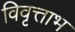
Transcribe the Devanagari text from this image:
विवृत्ताभ